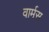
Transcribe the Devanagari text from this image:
वार्मस